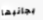
بجانبها